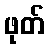
ဖုတ်